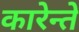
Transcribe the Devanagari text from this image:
कारेन्ते